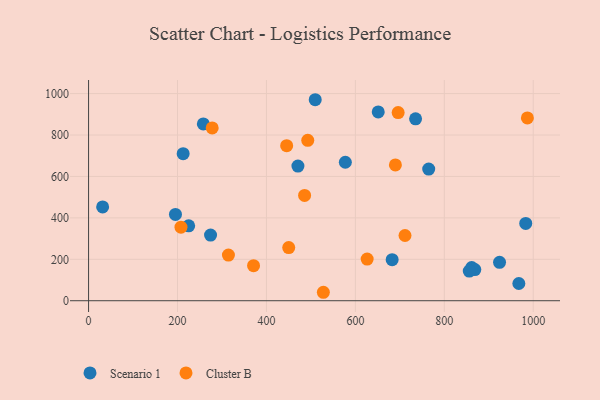
{"axis": {"x": "Engine Size", "y": "Rating"}, "legend": ["Cluster B", "Scenario 1"], "data": [{"x": "868.6", "y": 150.2, "type": "Scenario 1"}, {"x": "967.6", "y": 83.1, "type": "Scenario 1"}, {"x": "764.9", "y": 635.5, "type": "Scenario 1"}, {"x": "258.1", "y": 853.5, "type": "Scenario 1"}, {"x": "651.4", "y": 911.7, "type": "Scenario 1"}, {"x": "735.4", "y": 878.3, "type": "Scenario 1"}, {"x": "924.2", "y": 185.2, "type": "Scenario 1"}, {"x": "682.7", "y": 198.0, "type": "Scenario 1"}, {"x": "983.1", "y": 373.1, "type": "Scenario 1"}, {"x": "470.8", "y": 650.1, "type": "Scenario 1"}, {"x": "31.6", "y": 452.8, "type": "Scenario 1"}, {"x": "212.7", "y": 709.9, "type": "Scenario 1"}, {"x": "274.3", "y": 317.0, "type": "Scenario 1"}, {"x": "225.1", "y": 361.6, "type": "Scenario 1"}, {"x": "861.6", "y": 160.0, "type": "Scenario 1"}, {"x": "195.4", "y": 416.7, "type": "Scenario 1"}, {"x": "577.4", "y": 668.6, "type": "Scenario 1"}, {"x": "509.7", "y": 970.4, "type": "Scenario 1"}, {"x": "856.1", "y": 143.1, "type": "Scenario 1"}, {"x": "492.9", "y": 774.3, "type": "Cluster B"}, {"x": "528.0", "y": 40.8, "type": "Cluster B"}, {"x": "314.5", "y": 220.2, "type": "Cluster B"}, {"x": "485.8", "y": 508.2, "type": "Cluster B"}, {"x": "626.5", "y": 201.0, "type": "Cluster B"}, {"x": "450.1", "y": 256.5, "type": "Cluster B"}, {"x": "371.0", "y": 169.2, "type": "Cluster B"}, {"x": "696.2", "y": 908.3, "type": "Cluster B"}, {"x": "278.0", "y": 834.1, "type": "Cluster B"}, {"x": "690.0", "y": 655.5, "type": "Cluster B"}, {"x": "711.6", "y": 314.8, "type": "Cluster B"}, {"x": "207.8", "y": 354.9, "type": "Cluster B"}, {"x": "445.5", "y": 748.8, "type": "Cluster B"}, {"x": "986.8", "y": 882.7, "type": "Cluster B"}]}